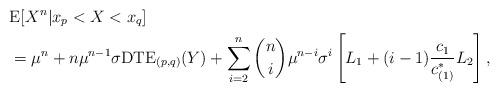
LaTeX: \begin{align*}&\mathrm{E}[X^{n}|x_{p}<X<x_{q}]\\&=\mu^{n}+n\mu^{n-1}\sigma\mathrm{DTE}_{(p,q)}(Y)+\sum_{i=2}^{n}\binom{n}{i}\mu^{n-i}\sigma^{i}\left[L_{1}+(i-1)\frac{c_{1}}{c_{(1)}^{\ast}}L_{2}\right],\end{align*}